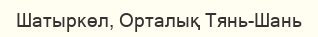
Шатыркөл, Орталық Тянь-Шань